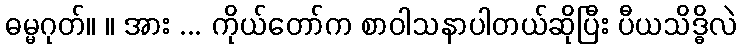
ဓမ္မဂုတ်။ ။ အား ... ကိုယ်တော်က စာဝါသနာပါတယ်ဆိုပြီး ပီယသိဒ္ဓိလဲ